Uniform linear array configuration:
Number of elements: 4
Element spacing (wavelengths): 0.75
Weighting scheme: kaiser
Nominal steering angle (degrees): -30
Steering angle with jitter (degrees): -28.022
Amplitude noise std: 0.05
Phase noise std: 0.05

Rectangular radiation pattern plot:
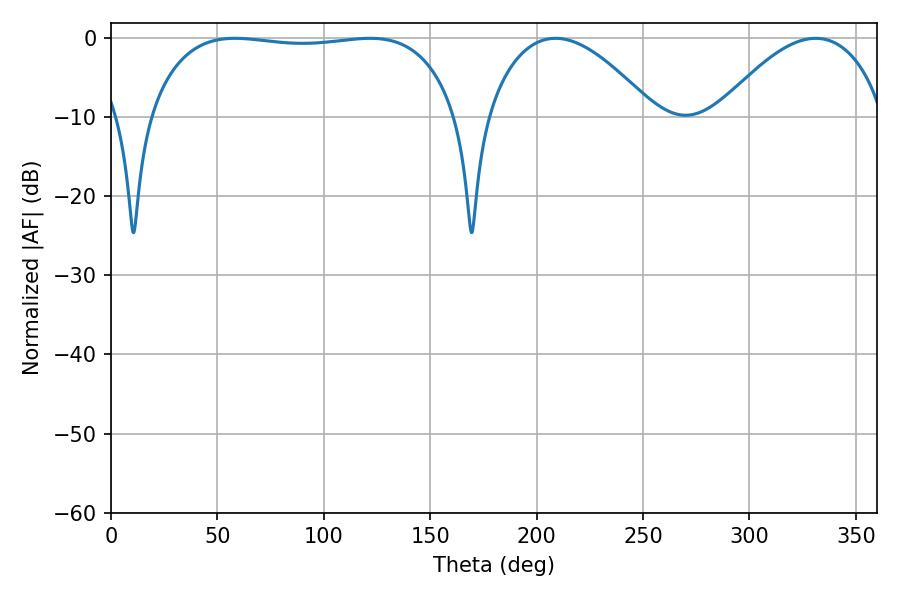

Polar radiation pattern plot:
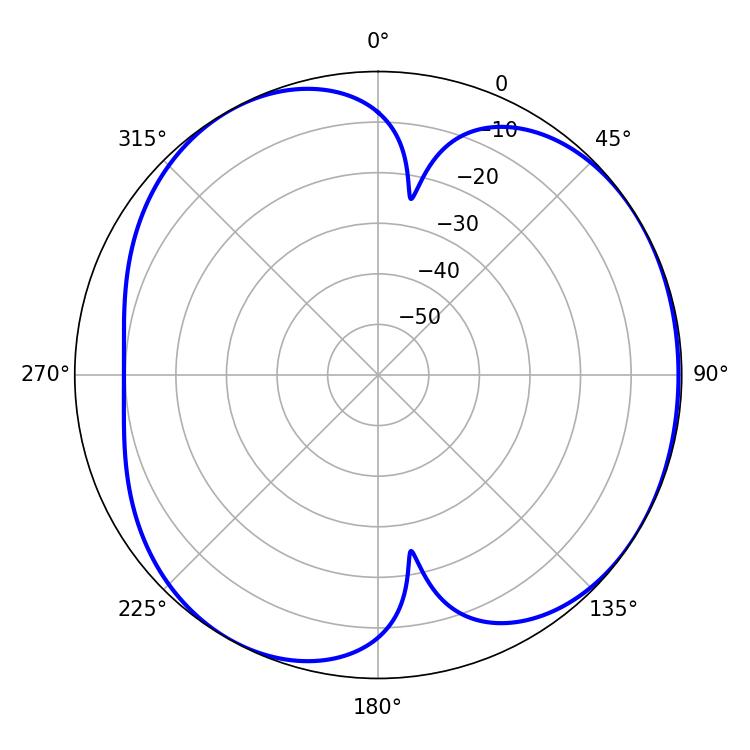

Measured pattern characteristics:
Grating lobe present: TRUE
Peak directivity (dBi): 4.606
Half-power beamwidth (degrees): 115.2
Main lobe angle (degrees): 58.32